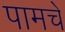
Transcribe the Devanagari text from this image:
पामचे